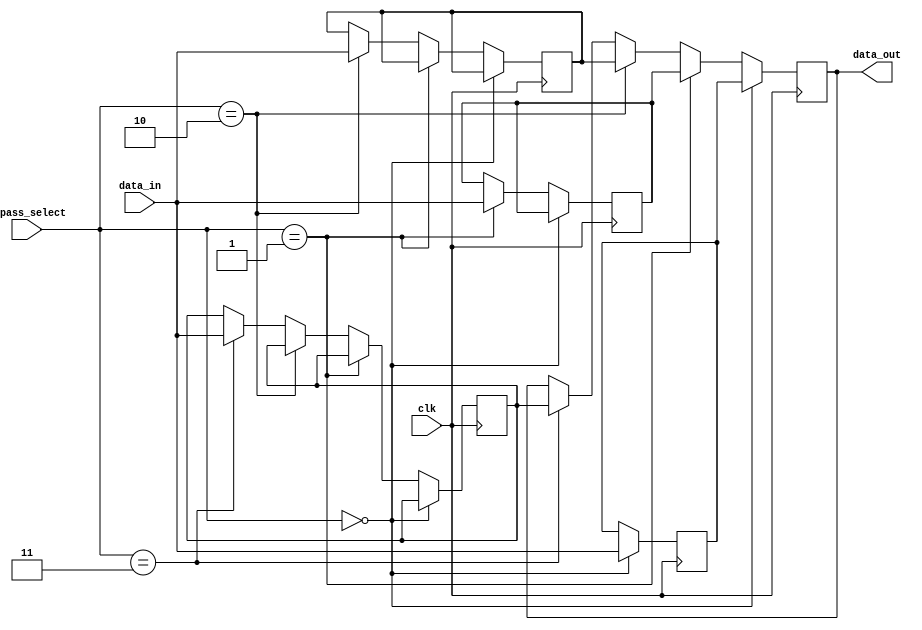
module bypass_register (
  input wire clk,
  input wire [3:0] bypass_select,
  input wire [31:0] data_in,
  output reg [31:0] data_out
);

reg [31:0] reg1, reg2, reg3, reg4;

always @(posedge clk) begin
  if (bypass_select == 4'b0000) begin
    reg1 <= data_in;
    data_out <= reg1;
  end else if (bypass_select == 4'b0001) begin
    reg2 <= data_in;
    data_out <= reg2;
  end else if (bypass_select == 4'b0010) begin
    reg3 <= data_in;
    data_out <= reg3;
  end else if (bypass_select == 4'b0011) begin
    reg4 <= data_in;
    data_out <= reg4;
  end
end

endmodule